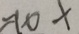
= 1 \varphi x